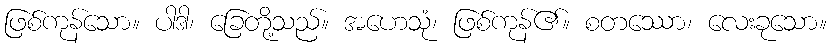
ဖြစ်ကုန်သော။ ပါဒါ၊ ခြေတို့သည်။ အဟေသုံ၊ ဖြစ်ကုန်၏။ စတဿော၊ လေးခုသော။